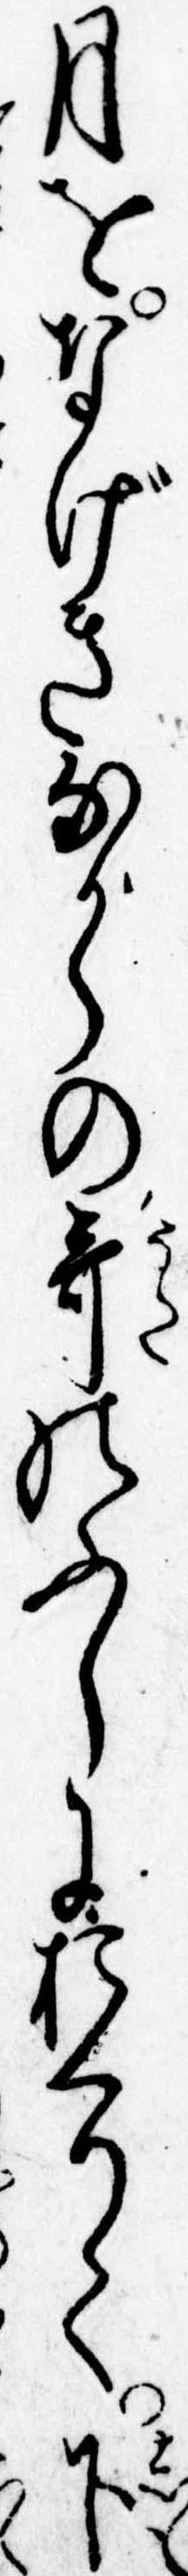
月をなげきながらの歌のふしにおくりて下